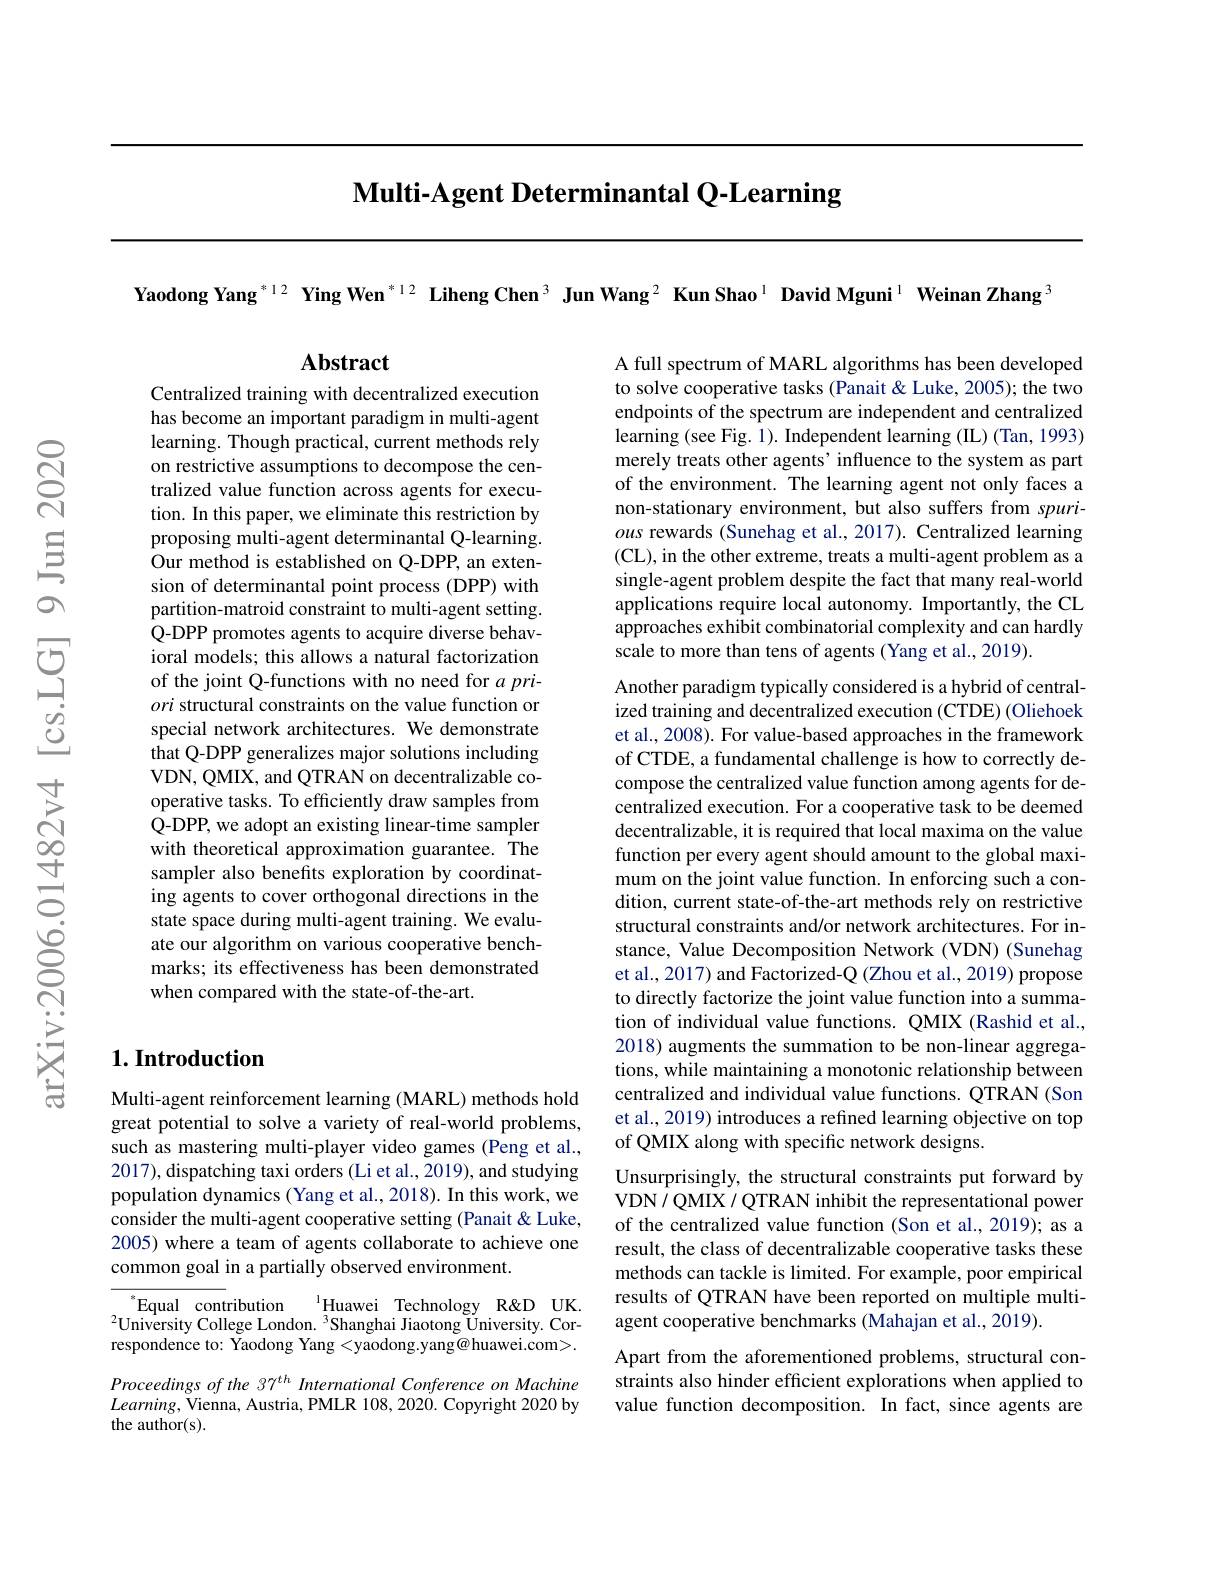
Multi-Agent Determinantal Q-Learning

Yaodong Yang$^{*12}\textbf{ Ying Wen}^{*12}$ Liheng Chen$^3\textbf{ Jun Wang}^{2}\textbf{ Kun Shao}^{1}\textbf{ David Mguni}^{1}\textbf{ Weinan Zhang}^{3}$

$\mathbf{Abstract}$

A full spectrum of MARL algorithms has been developed to solve cooperative tasks (Panait & Luke, 2005); the two endpoints of the spectrum are independent and centralized learning (see Fig. 1). Independent learning (IL) (Tan, 1993) merely treats other agents’ influence to the system as part of the environment. The learning agent not only faces a non-stationary environment, but also suffers from spurious rewards (Sunehag et al., 2017). Centralized learning (CL), in the other extreme, treats a multi-agent problem as a single-agent problem despite the fact that many real-world applications require local autonomy. Importantly, the CL approaches exhibit combinatorial complexity and can hardly scale to more than tens of agents (Yang et al., 2019).

Centralized training with decentralized execution has become an important paradigm in multi-agent learning. Though practical, current methods rely on restrictive assumptions to decompose the centralized value function across agents for execution. In this paper, we eliminate this restriction by proposing multi-agent determinantal Q-learning. Our method is established on Q-DPP, an extension of determinantal point process (DPP) with partition-matroid constraint to multi-agent setting. Q-DPP promotes agents to acquire diverse behavioral models; this allows a natural factorization of the joint Q-functions with no need for $a$ priori structural constraints on the value function or special network architectures. We demonstrate that Q-DPP generalizes major solutions including VDN, QMIX, and QTRAN on decentralizable cooperative tasks. To efficiently draw samples from Q-DPP, we adopt an existing linear-time sampler with theoretical approximation guarantee. The sampler also benefits exploration by coordinating agents to cover orthogonal directions in the state space during multi-agent training. We evaluate our algorithm on various cooperative benchmarks; its effectiveness has been demonstrated when compared with the state-of-the-art.

Another paradigm typically considered is a hybrid of centralized training and decentralized execution (CTDE) (Oliehoek et al., 2008). For value-based approaches in the framework of CTDE, a fundamental challenge is how to correctly decompose the centralized value function among agents for decentralized execution. For a cooperative task to be deemed decentralizable, it is required that local maxima on the value function per every agent should amount to the global maximum on the joint value function. In enforcing such a condition, current state-of-the-art methods rely on restrictive structural constraints and/or network architectures. For instance, Value Decomposition Network (VDN) (Sunehag et al., 2017) and Factorized-Q (Zhou et al., 2019) propose to directly factorize the joint value function into a summation of individual value functions. QMIX (Rashid et al., 2018) augments the summation to be non-linear aggregations, while maintaining a monotonic relationship between centralized and individual value functions. QTRAN (Son et al., 2019) introduces a refined learning objective on top of QMIX along with specific network designs.
Unsurprisingly, the structural constraints put forward by VDN/QMIX/QTRAN inhibit the representational power of the centralized value function (Son et al., 2019); as a result, the class of decentralizable cooperative tasks these methods can tackle is limited. For example, poor empirical results of QTRAN have been reported on multiple multiagent cooperative benchmarks ($\hat{\text{Mahajan et al.,2019}}).$
Apart from the aforementioned problems, structural constraints also hinder efficient explorations when applied to value function decomposition. In fact, since agents are

## $1. \textbf{Introduction}$

Multi-agent reinforcement learning (MARL) methods hold great potential to solve a variety of real-world problems, such as mastering multi-player video games (Peng et al., 2017), dispatching taxi orders (Li et al., 2019), and studying population dynamics (Yang et al., 2018). In this work, we consider the multi-agent cooperative setting (Panait &Luke, 2005) where a team of agents collaborate to achieve one common goal in a partially observed environment.

${^{* }\text{Equal contribution}}$ ${^{1}\text{Huawei}}$ ${\mathrm{Technology}}$ ${\mathrm{R\& D}}$ ${\mathrm{UK. }}$ $^{2}$University College London.$^3$Shanghai Jiaotong Üniversity. Correspondence to: $\bar{\text{Yaodong Yang}}<$yaodong.yang@huawei.com>.

Proceedings of the 37$^{th}$ International Conference on Machine $Learning$,Vienna, Austria, PMLR 108, 2020. Copyright 2020 by the author(s).